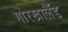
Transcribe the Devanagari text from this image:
गोरखालैँड